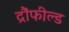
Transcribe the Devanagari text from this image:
द्रौंफील्ड